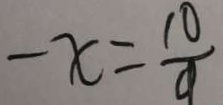
- x = \frac { 1 0 } { 9 }